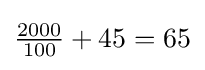
{\tfrac {2000}{100}}+45=65